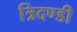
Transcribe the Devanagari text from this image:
त्रिदण्डी